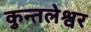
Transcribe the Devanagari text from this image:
कुन्तलेश्वर